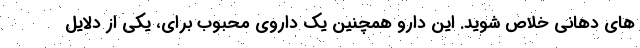
های دهانی خلاص شوید. این دارو همچنین یک داروی محبوب برای، یکی از دلایل